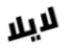
لايلا